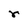
Character: r